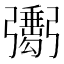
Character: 𢐺